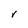
Character: r